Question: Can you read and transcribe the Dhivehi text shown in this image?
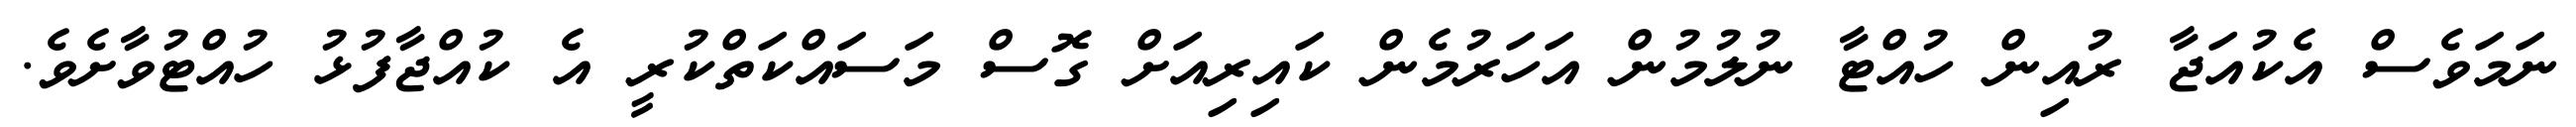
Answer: ނަމަވެސް އެކުއަޖާ ރުއިން ހުއްޓާ ނުލުމުން އަހަރުމެން ކައިރިއަށް ގޮސް މަސައްކަތްކުރީ އެ ކުއްޖާފުޅު ހުއްޓުވާށެވެ.